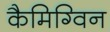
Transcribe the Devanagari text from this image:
कैमिग्विन